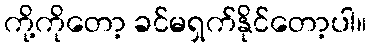
ကို့ကိုတော့ ခင်မရှက်နိုင်တော့ပါ။